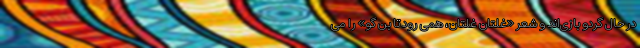
در حال گردو بازی‌اند و شعر «غلتان غلتان، همی رود تا بن گو» را می‌